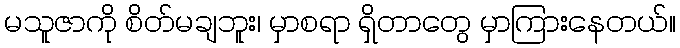
မသူဇာကို စိတ်မချဘူး၊ မှာစရာ ရှိတာတွေ မှာကြားနေတယ်။